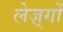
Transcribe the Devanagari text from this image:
लेज़्गों